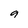
Character: 9